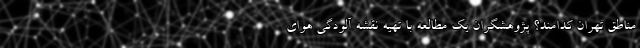
مناطق تهران کدامند؟ پژوهشگران یک مطالعه با تهیه نقشه آلودگی هوای